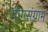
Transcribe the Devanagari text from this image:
योगसंग्राम